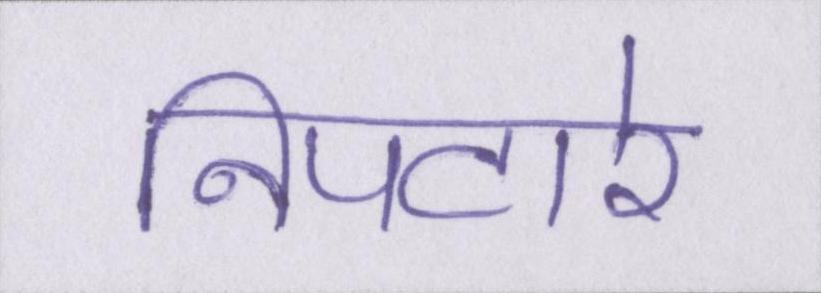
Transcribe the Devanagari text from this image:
निपटारे